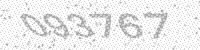
Solution: 093767